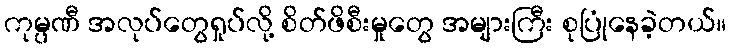
ကုမ္ပဏီ အလုပ်တွေရှုပ်လို့ စိတ်ဖိစီးမှုတွေ အများကြီး စုပြုံနေခဲ့တယ်။